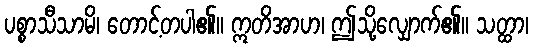
ပစ္စာသီသာမိ၊ တောင့်တပါ၏။ ဣတိအာဟ၊ ဤသို့လျှောက်၏။ သတ္ထာ၊